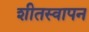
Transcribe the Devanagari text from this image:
शीतस्वापन